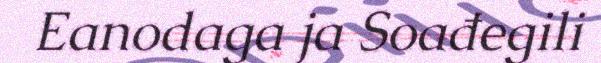
Eanodaga ja Soađegili